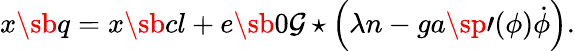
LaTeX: x\sb{q}=x\sb{cl}+e\sb{0}{\cal G}\star\left(\lambda n-ga\sp{\prime}(\phi)\dot{\phi}\right).